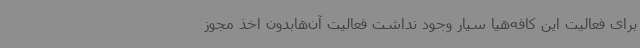
برای فعالیت این کافه‌هیا سیار وجود نداشت فعالیت آن‌هابدون اخذ مجوز